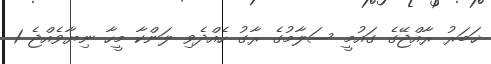
ޚަބަރު ރާއްޖޭގެ ގައުމީ ސަލާމުގެ ރާގު ހެއްދެވި ލަންކާ މީހާ ނިޔާވެއްޖެ 1